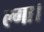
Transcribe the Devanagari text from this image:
ल्गा।